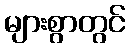
များစွာတွင်